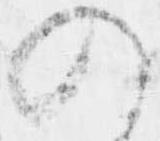
の